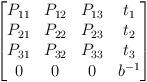
LaTeX: \begin{align*}\begin{bmatrix} P_{11} & P_{12} & P_{13} & t_{1} \\ P_{21} & P_{22} & P_{23} & t_{2}\\ P_{31} & P_{32} & P_{33} & t_{3} \\0 & 0 & 0 & b^{-1} \end{bmatrix}\end{align*}